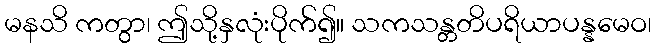
မနသိ ကတွာ၊ ဤသို့နှလုံးပိုက်၍။ သကသန္တတိပရိယာပန္နမေဝ၊